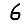
Digit: 6